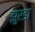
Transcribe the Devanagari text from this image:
झुरडा